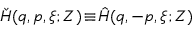
\check { H } ( q , p , \xi ; Z ) \! \equiv \! \hat { H } ( q , - p , \xi ; Z )